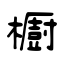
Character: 櫥